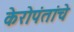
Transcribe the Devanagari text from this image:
केरोपंतांचे